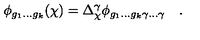
\phi _ { g _ { 1 } . . . g _ { k } } ( \chi ) = \Delta _ { \chi } ^ { \gamma } \phi _ { g _ { 1 } . . . g _ { k } \gamma . . . \gamma } \quad .